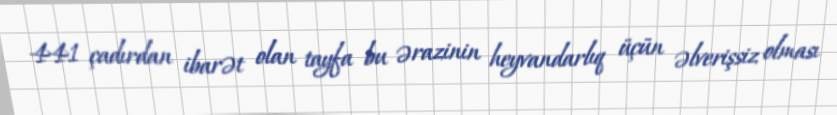
441 çadırdan ibarət olan tayfa bu ərazinin heyvandarlıq üçün əlverişsiz olması